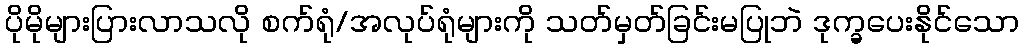
ပိုမိုများပြားလာသလို စက်ရုံ/အလုပ်ရုံများကို သတ်မှတ်ခြင်းမပြုဘဲ ဒုက္ခပေးနိုင်သော